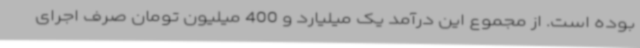
بوده است. از مجموع این درآمد یک میلیارد و 400 میلیون تومان صرف اجرای